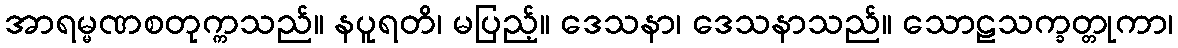
အာရမ္မဏစတုက္ကသည်။ နပူရတိ၊ မပြည့်။ ဒေသနာ၊ ဒေသနာသည်။ သောဠသက္ခတ္တုကာ၊